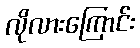
လိုလားကြောင်း